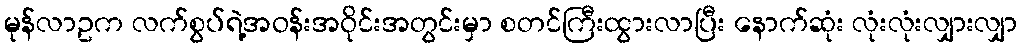
မုန်လာဥက လက်စွပ်ရဲ့အဝန်းအဝိုင်းအတွင်းမှာ စတင်ကြီးထွားလာပြီး နောက်ဆုံး လုံးလုံးလျှားလျှာ